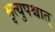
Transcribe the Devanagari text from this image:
मृत्युपश्चात्‌